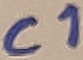
Text: C1